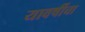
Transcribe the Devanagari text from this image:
यावर्षीचा